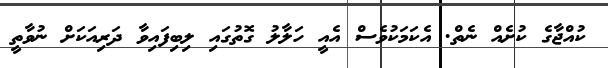
ކުއްޖާގެ ކުށެއް ނެތް. އެކަމަކުވެސް އެއީ ހަލާލު ގޮތުގައި ލިބިފައިވާ ދަރިއަކަށް ނުވާތީ